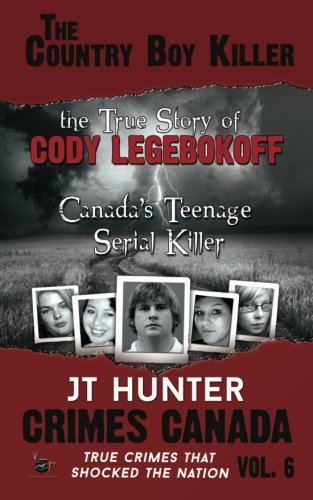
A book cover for The Country Boy Killer : The True Story of Cody Legebokoff,  Canada's Teenage Serial Killer (Crimes Canada: True Crimes That Shocked the Nation) (Volume 6); JT Hunter; Biographies & Memoirs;